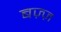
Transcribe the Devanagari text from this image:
बज़्ज़